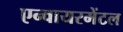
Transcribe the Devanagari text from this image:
एन्वायरमेंटल